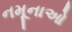
નમૂનાઓ